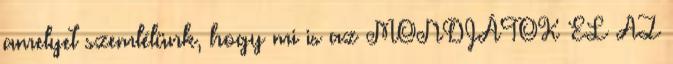
amelyet szemlélünk, hogy mi is az MONDJÁTOK EL AZ